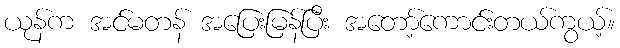
ယုန်က အင်မတန် အပြေးမြန်ပြီး အတော့်ကောင်းတယ်ကွယ့်။